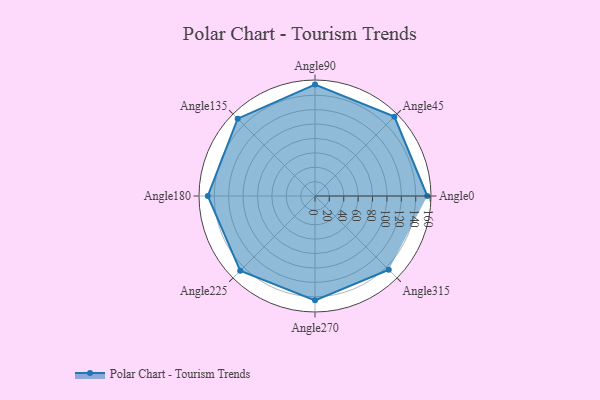
{"axis": {"x": "Angle", "y": "Radius"}, "legend": [""], "data": [{"x": "Angle0", "y": 156.0, "type": ""}, {"x": "Angle45", "y": 156.0, "type": ""}, {"x": "Angle90", "y": 155.0, "type": ""}, {"x": "Angle135", "y": 152.0, "type": ""}, {"x": "Angle180", "y": 149.0, "type": ""}, {"x": "Angle225", "y": 147.0, "type": ""}, {"x": "Angle270", "y": 145.0, "type": ""}, {"x": "Angle315", "y": 145.0, "type": ""}]}